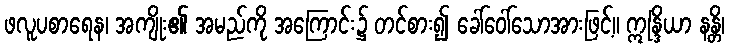
ဖလူပစာရေန၊ အကျိုး၏ အမည်ကို အကြောင်း၌ တင်စား၍ ခေါ်ဝေါ်သောအားဖြင့်။ ဣန္ဒြိယာ နန္တိ၊